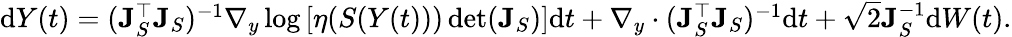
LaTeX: \begin{array}{r}{\mathrm{d}Y(t)=(\mathbf{J}_{S}^{\top}\mathbf{J}_{S})^{-1}\nabla_{y}\log\left[\eta(S(Y(t)))\operatorname*{det}(\mathbf{J}_{S})\right]\mathrm{d}t+\nabla_{y}\cdot(\mathbf{J}_{S}^{\top}\mathbf{J}_{S})^{-1}\mathrm{d}t+\sqrt{2}\mathbf{J}_{S}^{-1}\mathrm{d}W(t).}\end{array}